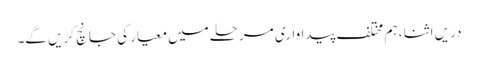
دریں اثنا ، ہم مختلف پیداواری مرحلے میں معیار کی جانچ کریں گے۔